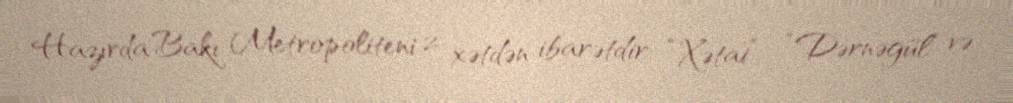
Hazırda Bakı Metropoliteni 2 xətdən ibarətdir: “Xətai” - “Dərnəgül” və